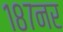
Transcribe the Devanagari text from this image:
१८७नर